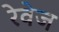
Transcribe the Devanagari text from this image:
रेवेज